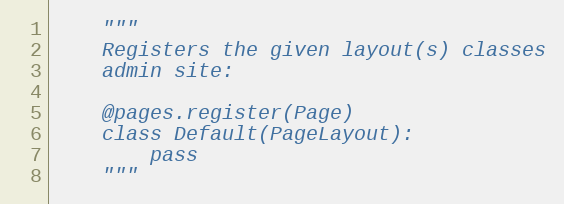
Language: Python
    """
    Registers the given layout(s) classes
    admin site:

    @pages.register(Page)
    class Default(PageLayout):
        pass
    """